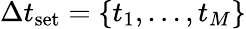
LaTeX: \Delta t_{\textrm{set}}=\{ t_{1},...,t_{M}\}